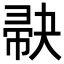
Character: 𪩺